Vabadussoja_Ajaloo_Komitee, lk 19
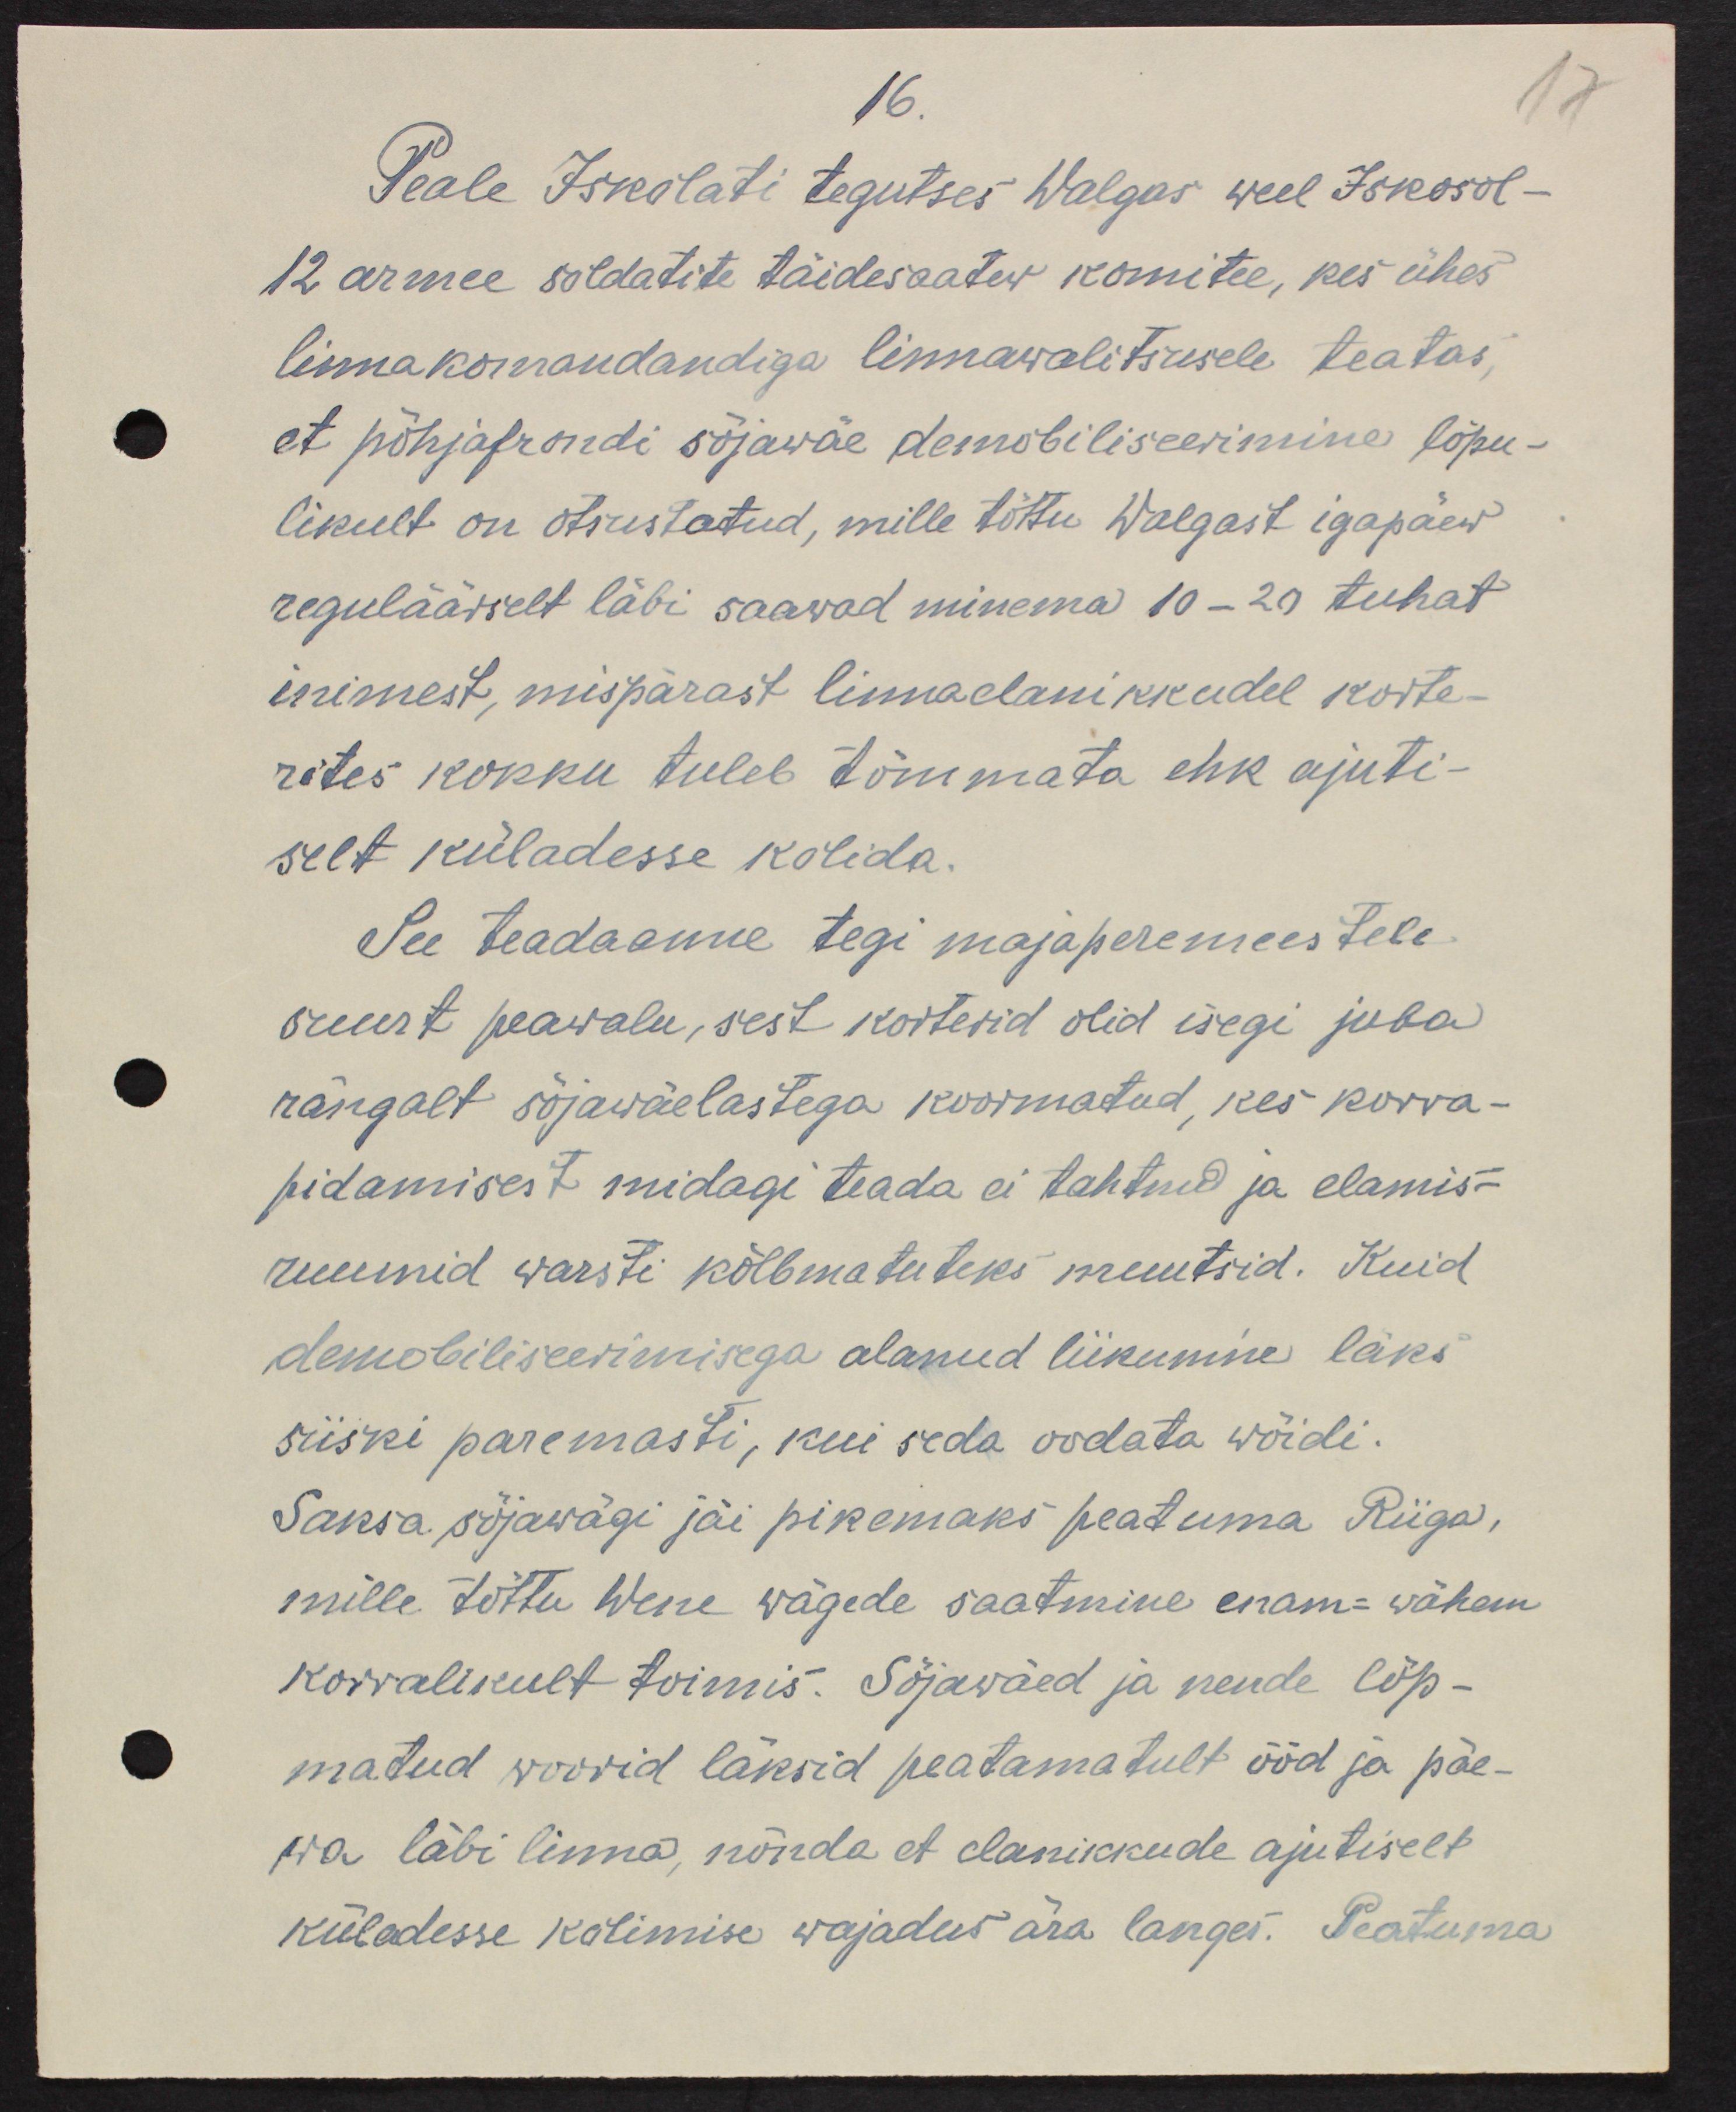
16.
Peale Iskolati tegutses Walgas weel Iskosol -
12 armee soldatite täidesaatew komitee, kes ühes 
linnakomandandiga linnawalitsusele teatas, 
et põhjafrondi sõjawäe demobililiseerimine lõpu-
likult on otsustatud, mille tõttu Walgast igapäew
reguläärselt läbi saawad minema 10-20 tuhat
inimest, mispärast linnaelanikkude korte-
rites kokku tuleb tõmmata ehk ajuti-
selt küladesse kolida.
See teadaanne tegi majaperemeestele
suurt peawalu, sest korterid olid isegi juba
rängalt sõjawäelastega koormatud, kes korra-
pidamisest midagi teada ei tahtnud ja elamis-
ruumid warsti kõlbmatuteks muutsid. Kuid 
demobiliseerimisega alanud liikumine läks
siiski paremasti, kui seda oodata wõidi.
Saksa sõjawägi jäi pikemaks peatuma Riiga,
mille tõttu Wene wägede saatmine enam-wähem
korralikult toimis. Sõjawäed ja nende lõp-
matud woorid läksid peatamatult ööd ja päe-
wa läbi linna, nõnda et elanikkude ajutiselt
küladesse kolimise wajadus ära langes. Peatuma